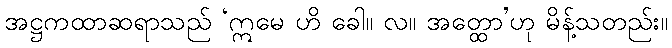
အဋ္ဌကထာဆရာသည် ‘ဣမေ ဟိ ခေါ။ လ။ အတ္ထော’ဟု မိန့်သတည်း။